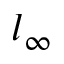
l _ { \infty }